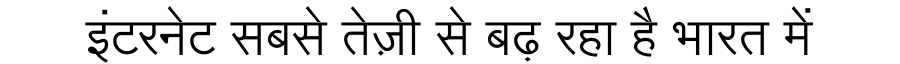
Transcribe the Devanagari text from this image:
इंटरनेट सबसे तेज़ी से बढ़ रहा है भारत में